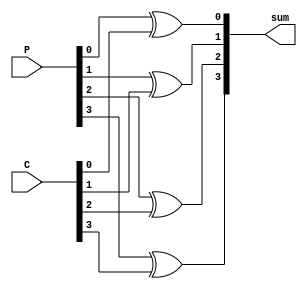
`timescale 1ns / 1ps
//////////////////////////////////////////////////////////////////////////////////
// Company: 
// Engineer: 
// 
// Design Name: 
// Module Name: XOR
// Project Name: 
// Target Devices: 
// Tool Versions: 
// Description: 
// 
// Dependencies: 
// 
// Revision:
// Revision 0.01 - File Created
// Additional Comments:
// 
//////////////////////////////////////////////////////////////////////////////////


module XOR(P, C, sum);
    input [3:0] P;
    input [3:0] C;
    output [3:0] sum;
    assign sum[0] = P[0]^C[0];
    assign sum[1] = P[1]^C[1];
    assign sum[2] = P[2]^C[2];
    assign sum[3] = P[3]^C[3];
endmodule